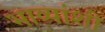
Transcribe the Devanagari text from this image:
भाव्यांशी